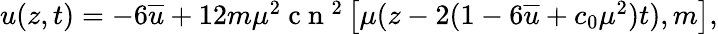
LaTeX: \begin{array}{r}{u(z,t)=-6\overline{{u}}+12m\mu^{2}\mathrm{~c~n~}^{2}\left[\mu(z-2(1-6\overline{{u}}+c_{0}\mu^{2})t),m\right],}\end{array}